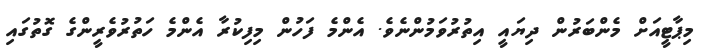
މިޕާޓީއަށް މެންބަރުން ދިޔައީ އިތުރުވަމުންނެވެ. އެންމެ ފަހުން މިފިކުރާ އެންމެ ހަތުރުވެރީންގެ ގޮތުގައި